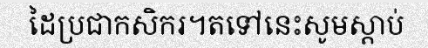
ដៃប្រជាកសិករ។តទៅនេះសូមស្តាប់